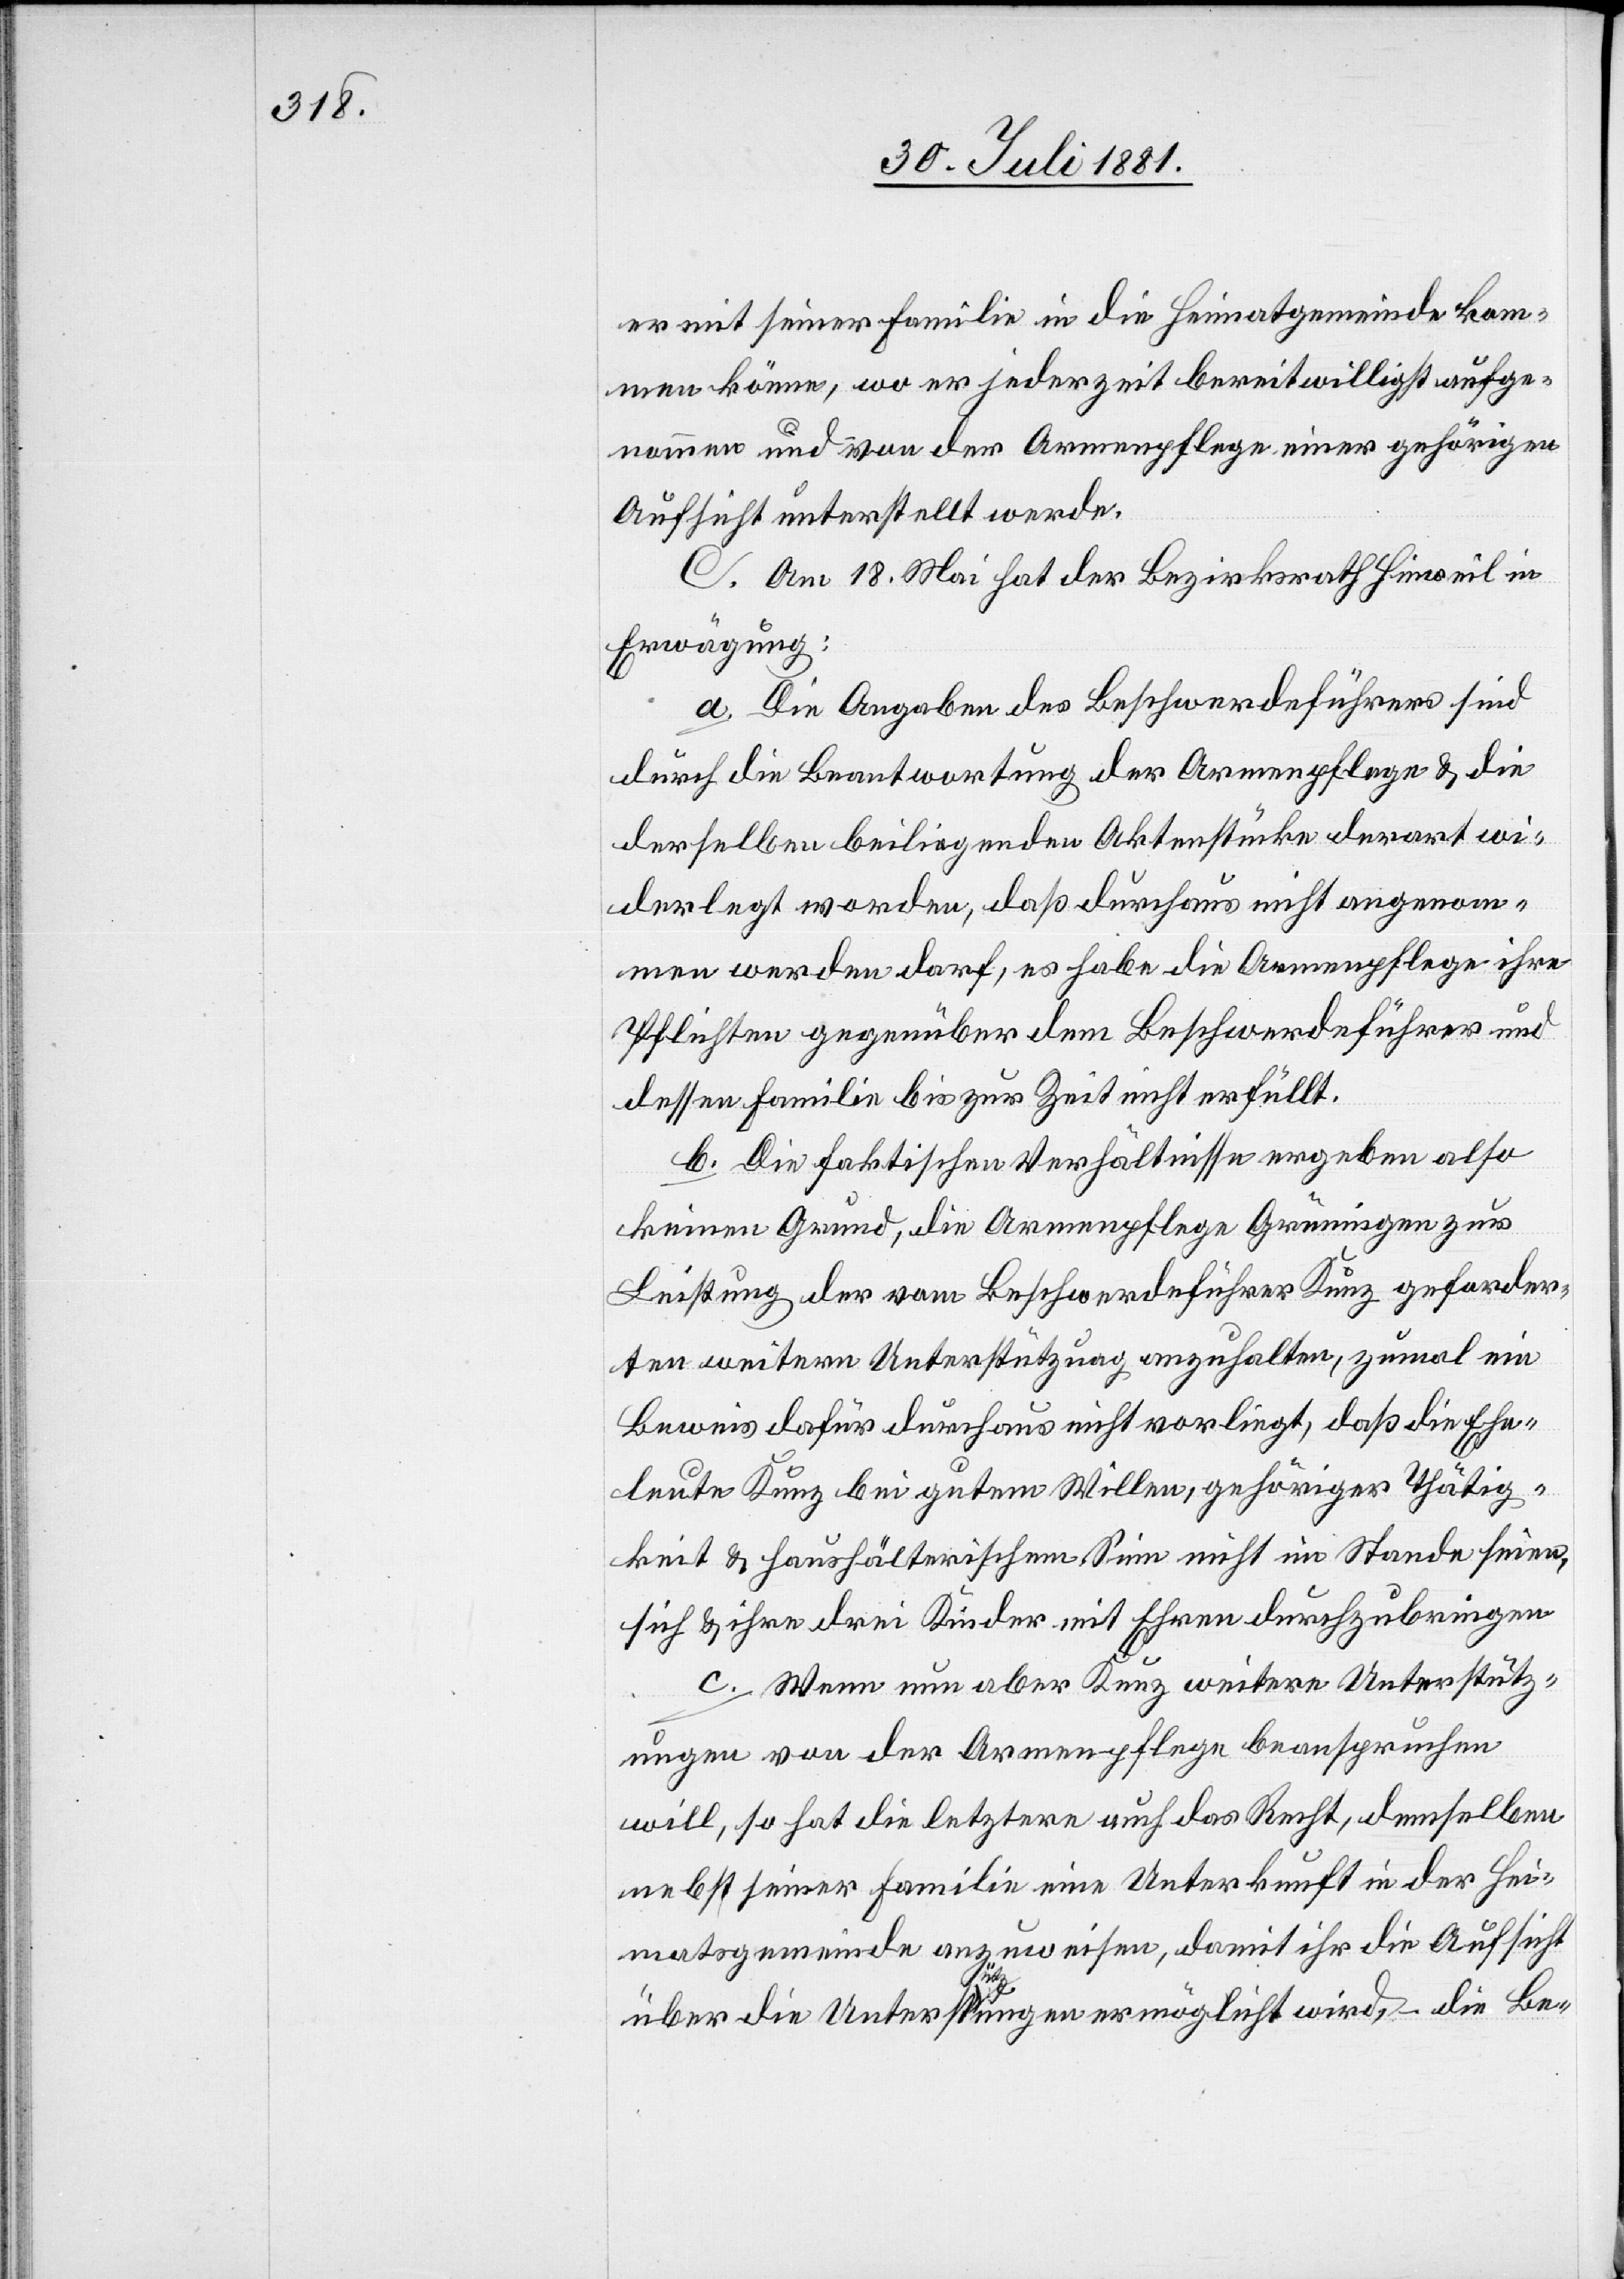
er mit seiner Familie in die Heimatgemeinde kom¬
men könne, wo er jederzeit bereitwillig aufge¬
nommen und von der Armenpflege einer gehörigen
Aufsicht unterstellt werde.
C. Am 18. Mai hat der Bezirksrath Hinweil in
Erwägung:
a. Die Angaben des Beschwerdeführers sind
durch die Beantwortung der Armenpflege & die
derselben beiliegenden Aktenstücke derart wie¬
derlegt worden, daß daraus nicht angenom¬
men werden darf, es habe die Armenpflege ihre
Pflichten gegenüber dem Beschwerdeführer und
dessen Familie bis zur Zeit nicht erfüllt.
b. Die faktischen Verhältnisse ergeben also
keinen Grund, die Armenpflege Gründingen zur
Leistung der vom Beschwerdeführer Kunz geforder¬
ten weitern Unterstützung anzuhalten, zumal ein
Beweis dafür durchaus nicht vorliegt, daß die Ehe¬
leute Kunz bei gutem Willen, gehöriger Thätig¬
keit & haushälterischem Sinn nicht im Stande seien,
sich & ihre drei Kinder mit Ehren durchzubringen.
c. Wenn nun aber Kunz weitere Unterstütz¬
ungen von der Armenpflege beanspruchen
will, so hat die letztere auch das Recht, demselben
nebst seiner Familie eine Unterkunft in der Hei¬
matsgemeinde anzuweisen, damit ihr die Aufsicht
über die Unterstützung ermöglicht wird, die Be-